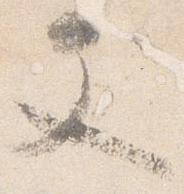
文